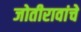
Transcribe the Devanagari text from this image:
जोतीरावांचे